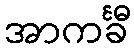
အာကင်္ခီ